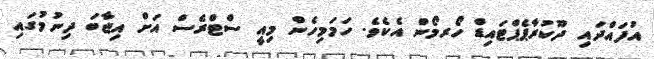
އުފައްދައި ދޫކުރާޕެޕްޓައިޑް ހޯރމޯން އެކެވެ. ހަމަމިހެން މިއީ ސްޓްރެސް އަށް އިޖާބަ ދިނުމުގައި